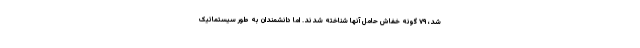
شد، ۷۹ گونه خفاش حامل آنها شناخته شدند. اما دانشمندان به طور سیستماتیک